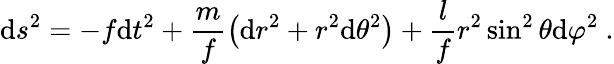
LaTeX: \mathrm{d}s^{2}=-f\mathrm{d}t^{2}+\frac{{m}}{{f}}\left(\mathrm{d}r^{2}+r^{2}\mathrm{d}\theta^{2}\right)+\frac{{l}}{{f}}r^{2}\sin^{2}\theta\mathrm{d}\varphi^{2}\ .